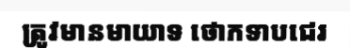
ត្រូវមានមាយាទ ថោកទាបជេរ